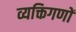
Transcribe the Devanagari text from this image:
व्यक्तिगणों